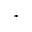
^ { \ast }